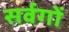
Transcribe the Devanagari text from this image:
सर्वगों